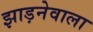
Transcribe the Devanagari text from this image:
झाड़नेवाला